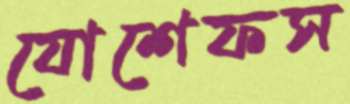
যোশেফস